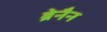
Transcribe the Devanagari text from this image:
ब्रेनैन